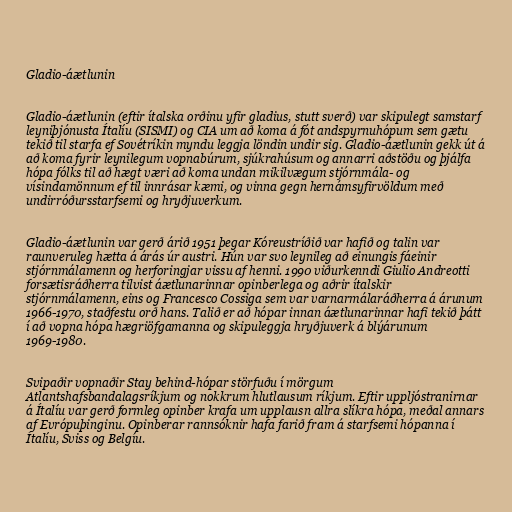
Gladio-áætlunin

Gladio-áætlunin (eftir ítalska orðinu yfir gladius, stutt sverð) var skipulegt samstarf
leyniþjónusta Ítalíu (SISMI) og CIA um að koma á fót andspyrnuhópum sem gætu
tekið til starfa ef Sovétríkin myndu leggja löndin undir sig. Gladio-áætlunin gekk út á
að koma fyrir leynilegum vopnabúrum, sjúkrahúsum og annarri aðstöðu og þjálfa
hópa fólks til að hægt væri að koma undan mikilvægum stjórnmála- og
vísindamönnum ef til innrásar kæmi, og vinna gegn hernámsyfirvöldum með
undirróðursstarfsemi og hryðjuverkum.

Gladio-áætlunin var gerð árið 1951 þegar Kóreustríðið var hafið og talin var
raunveruleg hætta á árás úr austri. Hún var svo leynileg að einungis fáeinir
stjórnmálamenn og herforingjar vissu af henni. 1990 viðurkenndi Giulio Andreotti
forsætisráðherra tilvist áætlunarinnar opinberlega og aðrir ítalskir
stjórnmálamenn, eins og Francesco Cossiga sem var varnarmálaráðherra á árunum
1966-1970, staðfestu orð hans. Talið er að hópar innan áætlunarinnar hafi tekið þátt
í að vopna hópa hægriöfgamanna og skipuleggja hryðjuverk á blýárunum
1969-1980.

Svipaðir vopnaðir Stay behind-hópar störfuðu í mörgum
Atlantshafsbandalagsríkjum og nokkrum hlutlausum ríkjum. Eftir uppljóstranirnar
á Ítalíu var gerð formleg opinber krafa um upplausn allra slíkra hópa, meðal annars
af Evrópuþinginu. Opinberar rannsóknir hafa farið fram á starfsemi hópanna í
Ítalíu, Sviss og Belgíu.